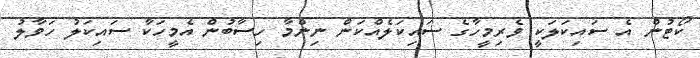
ކޯޓުން އެ ސައިކަލަކީ ވެރިމީހާގެ ސައިކަލެއްކަން ނިންމާ ހިސާބުން އެމީހަކާ ސައިކަލު ހަވާލު